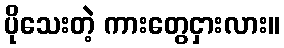
ပိုသေးတဲ့ ကားတွေငှားလား။